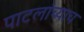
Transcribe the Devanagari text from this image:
पाटलांच्याच